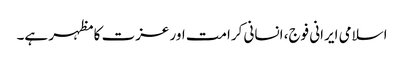
اسلامی ایرانی فوج، انسانی کرامت اور عزت کا مظہر ہے۔